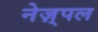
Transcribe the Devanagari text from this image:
नेज़्पल